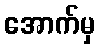
အောက်မှ